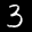
Label: 3